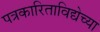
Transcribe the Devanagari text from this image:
पत्रकारिताविद्येच्या